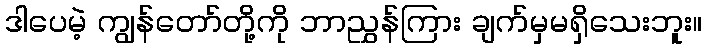
ဒါပေမဲ့ ကျွန်တော်တို့ကို ဘာညွှန်ကြား ချက်မှမရှိသေးဘူး။